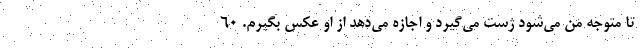
تا متوجهِ من می‌شود ژست می‌گیرد و اجازه می‌دهد از او عکس بگیرم. ۶۰